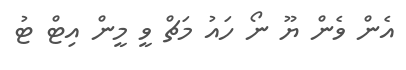
އެން ވެން ޔޫ ނޯ ހައު މަޗް ވީ މީން އިޓް ޓު